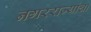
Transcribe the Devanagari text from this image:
नगरराज्यांचा